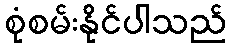
စုံစမ်းနိုင်ပါသည်